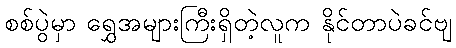
စစ်ပွဲမှာ ရွှေအများကြီးရှိတဲ့လူက နိုင်တာပဲခင်ဗျ